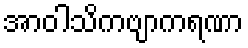
အာဝါသိကဗျာကရဏာ